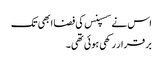
اس نے سسپنس کی فضا ابھی تک
بر قرار رکھی ہوئی تھی۔